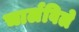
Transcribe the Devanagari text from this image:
चार्लविले